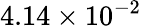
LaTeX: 4.14\times 10^{-2}